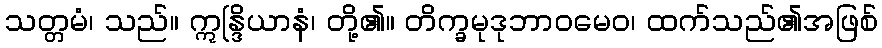
သတ္တမံ၊ သည်။ ဣန္ဒြိယာနံ၊ တို့၏။ တိက္ခမုဒုဘာဝမေဝ၊ ထက်သည်၏အဖြစ်